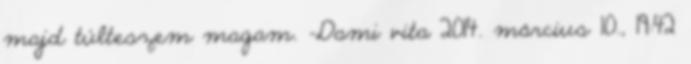
majd túlteszem magam. –Dami vita 2014. március 10., 19:42